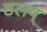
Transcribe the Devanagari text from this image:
ष्ठलष्